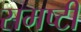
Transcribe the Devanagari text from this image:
समष्टी